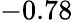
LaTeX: -0.78